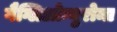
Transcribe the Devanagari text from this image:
गैग्लिओन्युरोमा